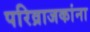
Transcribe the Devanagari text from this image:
परिव्राजकांना